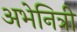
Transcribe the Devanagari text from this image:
अभेनित्री